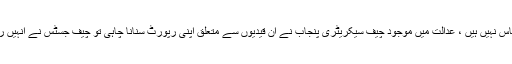
اٹارنی جنرل مولوی انوارالحق نے عدالت کو بتایا کہ یہ لاپتا قیدی کسی انٹیلی جنس ایجنسی کے پاس نہیں ہیں ، عدالت میں موجود چیف سیکریٹری پنجاب نے ان قیدیوں سے متعلق اپنی رپورٹ سنانا چاہی تو چیف جسٹس نے انہیں روکتے ہوئے کہا کہ یہ ایک حساس معاملہ ہے ، ضرورت ہوئی تو یہ رپورٹ لے لی جائے گی ۔